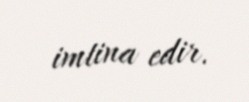
imtina edir.